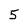
Character: 5